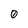
Character: 0